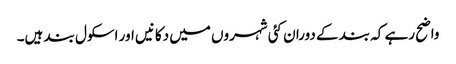
واضح رہے کہ بند کے دوران کئی شہروں میں دکانیں اور اسکول بند ہیں۔